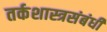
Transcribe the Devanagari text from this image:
तर्कशास्त्रसंबंधी